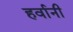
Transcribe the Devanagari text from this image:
हर्वानी